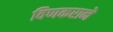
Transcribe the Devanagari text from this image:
विणकराने